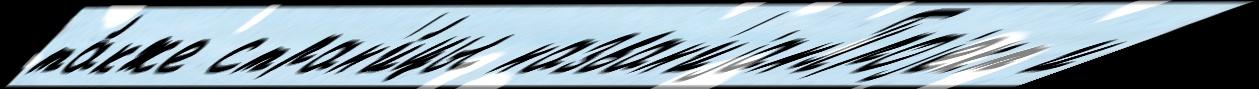
та́кже стран'и́цы назван'иjамПроjект и